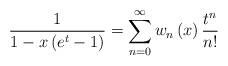
LaTeX: \begin{align*}\frac{1}{1-x\left( e^{t}-1\right) }=\sum_{n=0}^{\infty}w_{n}\left(x\right) \frac{t^{n}}{n!} \end{align*}